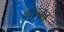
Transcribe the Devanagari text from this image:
फ्यूनल